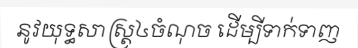
នូវយុទ្ធសាស្ត្រ៤ចំណុច ដើម្បីទាក់ទាញ